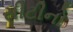
સીટીનો